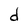
Character: d